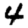
Digit: 4